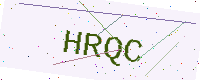
Text: HRQC